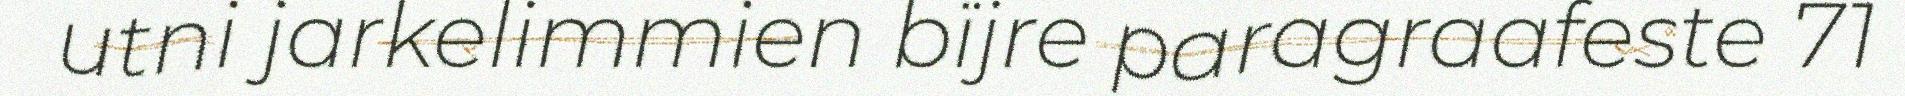
utni jarkelimmien bïjre paragraafeste 71